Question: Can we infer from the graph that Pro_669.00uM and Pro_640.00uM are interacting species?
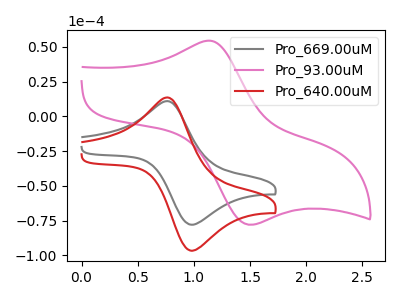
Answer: <think>The gray curve "Pro_669.00uM" has an anodic peak at (0.75V, 10.90uA) and a cathodic peak at (1.00V, -78.05uA). The pink curve "Pro_93.00uM" has an anodic peak at (1.15V, 54.40uA) and a cathodic peak at (1.50V, -78.05uA). The red curve "Pro_640.00uM" has an anodic peak at (0.75V, 13.55uA) and a cathodic peak at (1.00V, -96.70uA).
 All the peaks in "Pro_669.00uM" have a peak in "Pro_640.00uM" at the same potential. Every peak in "Pro_669.00uM" is lower than every peak in "Pro_640.00uM".</think>
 <answer>No, "Pro_669.00uM" and "Pro_640.00uM" don't appear to be significantly different in shape</answer>
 <eval>no_change</eval>